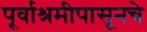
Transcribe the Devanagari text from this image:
पूर्वाश्रमीपासूनचे